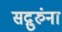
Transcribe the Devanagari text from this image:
सद्गुरुंना